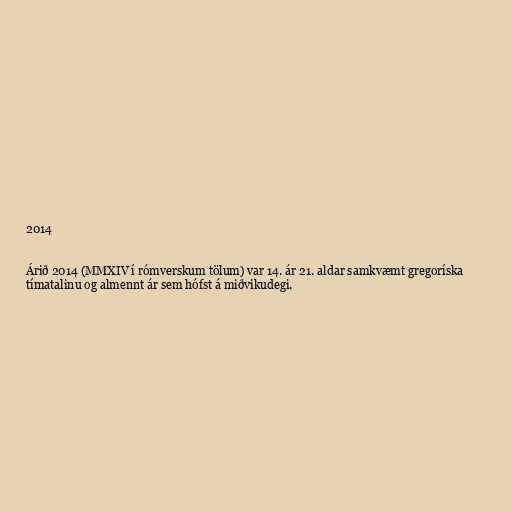
2014

Árið 2014 (MMXIV í rómverskum tölum) var 14. ár 21. aldar samkvæmt gregoríska
tímatalinu og almennt ár sem hófst á miðvikudegi.